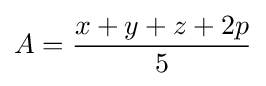
A={\frac {x+y+z+2p}{5}}